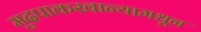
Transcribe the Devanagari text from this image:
मुदपाकखान्यामधून